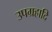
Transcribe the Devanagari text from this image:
उपग्रहादि